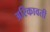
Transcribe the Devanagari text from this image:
अरिकावती